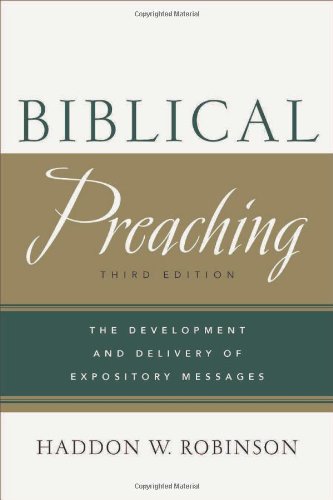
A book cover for Biblical Preaching: The Development and Delivery of Expository Messages; Haddon W. Robinson; Christian Books & Bibles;